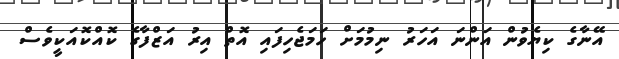
އޭނާގެ ކިޔެވުން އަންނަ އަހަރު ނިމުމަށް ހަމަޖެހިފައި އޮތް އިރު އަޒްފާގެ ކޮއްކޮއަކީވެސް